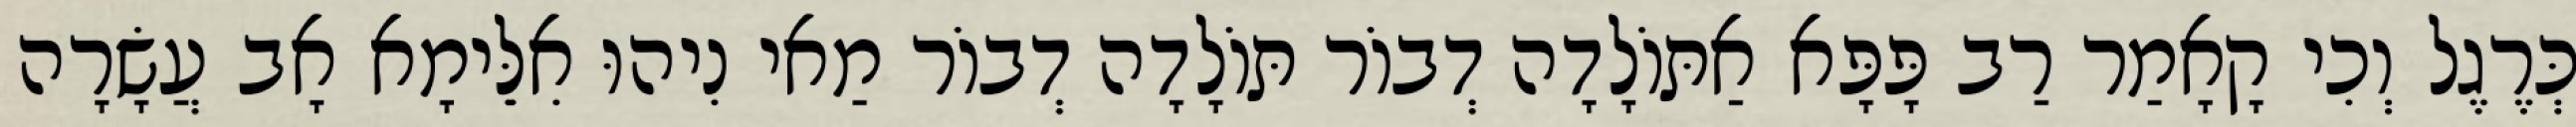
כְּרֶגֶל וְכִי קָאָמַר רַב פָּפָּא אַתּוֹלָדָה דְבוֹר תּוֹלָדָה דְבוֹר מַאי נִיהוּ אִלֵּימָא אָב עֲשָׂרָה